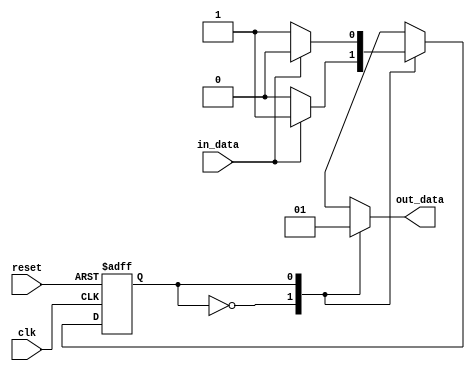
module Mealy_State_Machine (
    input clk,
    input reset,
    input in_data,
    output reg out_data
);

// Define states
parameter S0 = 2'b00;
parameter S1 = 2'b01;
parameter S2 = 2'b10;

// Define state transitions
always @(posedge clk or posedge reset) begin
    if (reset) begin
        state <= S0;
    end else begin
        case(state)
            S0: begin
                if (in_data) begin
                    state <= S1;
                end else begin
                    state <= S0;
                end
            end
            S1: begin
                if (in_data) begin
                    state <= S2;
                end else begin
                    state <= S1;
                end
            end
            S2: begin
                if (in_data) begin
                    state <= S1;
                end else begin
                    state <= S0;
                end
            end
            default: state <= S0;
        endcase
    end
end

// Define outputs based on current state and inputs
always @(state, in_data) begin
    case(state)
        S0: out_data <= 1'b0;
        S1: out_data <= 1'b1;
        S2: out_data <= in_data;
        default: out_data <= 1'b0;
    endcase
end

endmodule